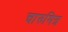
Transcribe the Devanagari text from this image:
चारुमित्र